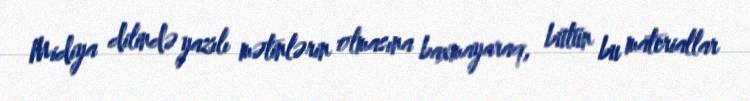
Midiya dilində yazılı mətinlərin olmasına baxmayaraq, bütün bu materiallar